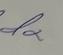
Signature authenticity: genuine